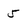
Character: 5